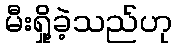
မီးရှို့ခဲ့သည်ဟု